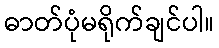
ဓာတ်ပုံမရိုက်ချင်ပါ။